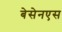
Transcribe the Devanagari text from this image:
बेसेनएस